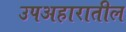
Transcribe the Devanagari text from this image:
उपअहारातील